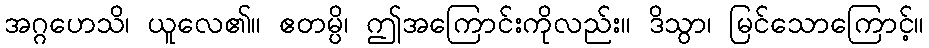
အဂ္ဂဟေသိ၊ ယူလေ၏။ ဧတမ္ပိ၊ ဤအကြောင်းကိုလည်း။ ဒိသွာ၊ မြင်သောကြောင့်။